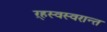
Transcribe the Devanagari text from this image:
ऱ्हस्वस्वरान्त